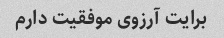
برایت آرزوی موفقیت دارم